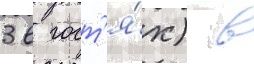
3 в гост'я́х) в